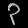
Digit: ၃